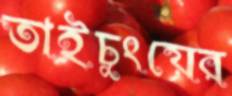
তাইচুংয়ের